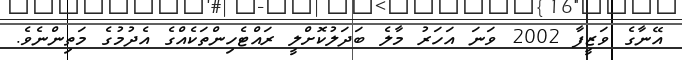
އޭނާގެ ވަޒީފާ 2002 ވަނަ އަހަރު މާލެ ބަދަލުކޮށްލީ ރައްޓެހިންތަކެއްގެ އެދުމުގެ މަތިންނެވެ.